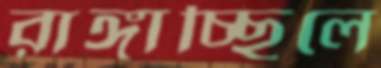
রাঙ্গাচ্ছিলে